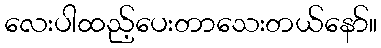
လေးပါထည့်ပေးတာသေးတယ်နော်။